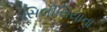
સિલીસિયાના